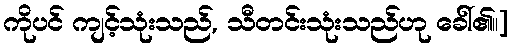
ကိုပင် ကျင့်သုံးသည်, သီတင်းသုံးသည်ဟု ခေါ်၏။]